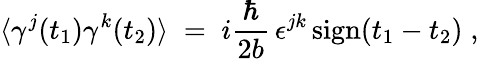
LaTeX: \langle\gamma^{j}(t_{1})\gamma^{k}(t_{2})\rangle\; =\; i\frac{\hbar}{2b}\, \epsilon^{jk}\, \mathrm{sign}(t_{1}-t_{2})\; ,